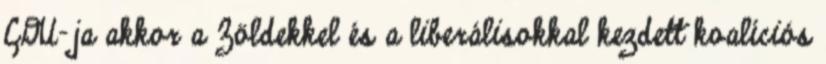
CDU-ja akkor a Zöldekkel és a liberálisokkal kezdett koalíciós